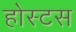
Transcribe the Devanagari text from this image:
होस्टस